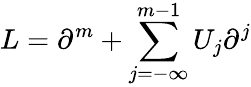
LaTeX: L=\partial^{m}+\sum_{j=-\infty}^{m-1}U_{j}\partial^{j}